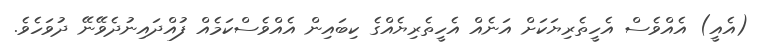
(އެއީ) އެއްވެސް އެހީތެރިޔަކަށް އަނެއް އެހީތެރިޔެއްގެ ކިބައިން އެއްވެސްކަމެއް ފުއްދައިނުދެވޭނޭ ދުވަހެވެ.